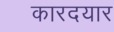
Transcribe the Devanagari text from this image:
कारदयार